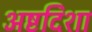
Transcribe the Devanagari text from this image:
अष्टदिशा